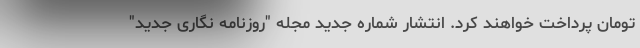
تومان پرداخت خواهند کرد. انتشار شماره جدید مجله "روزنامه نگاری جدید"